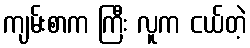
ကျမ်းစာက ကြီး လူက ငယ်တဲ့